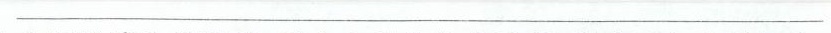
___